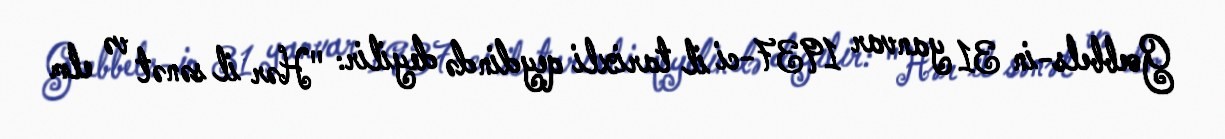
Goebbels-in 31 yanvar 1937-ci il tarixli qeydində deyilir: "Hər il sənət və elm